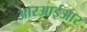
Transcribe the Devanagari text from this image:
आरआईआर